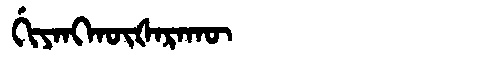
Manchu: ᡤᡳᠶᠠᠩᡴᡡᡧᠠᡵᠠᡴᡡ
Romanization: GIYANGKŪŠARAKŪ